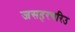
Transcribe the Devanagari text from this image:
जसहरचरिउ